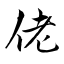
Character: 佬